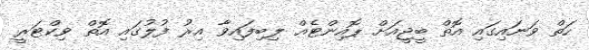
ހަތް ވަނައިގައި އޮތް ބީޖީއަށް ޕޮއިންޓެއް ލިބިފައިވާ އިރު ފުލުގައި އޮތް ވިކްޓަރީ